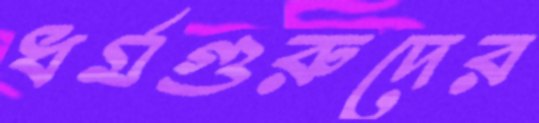
ধর্মগুরুদের